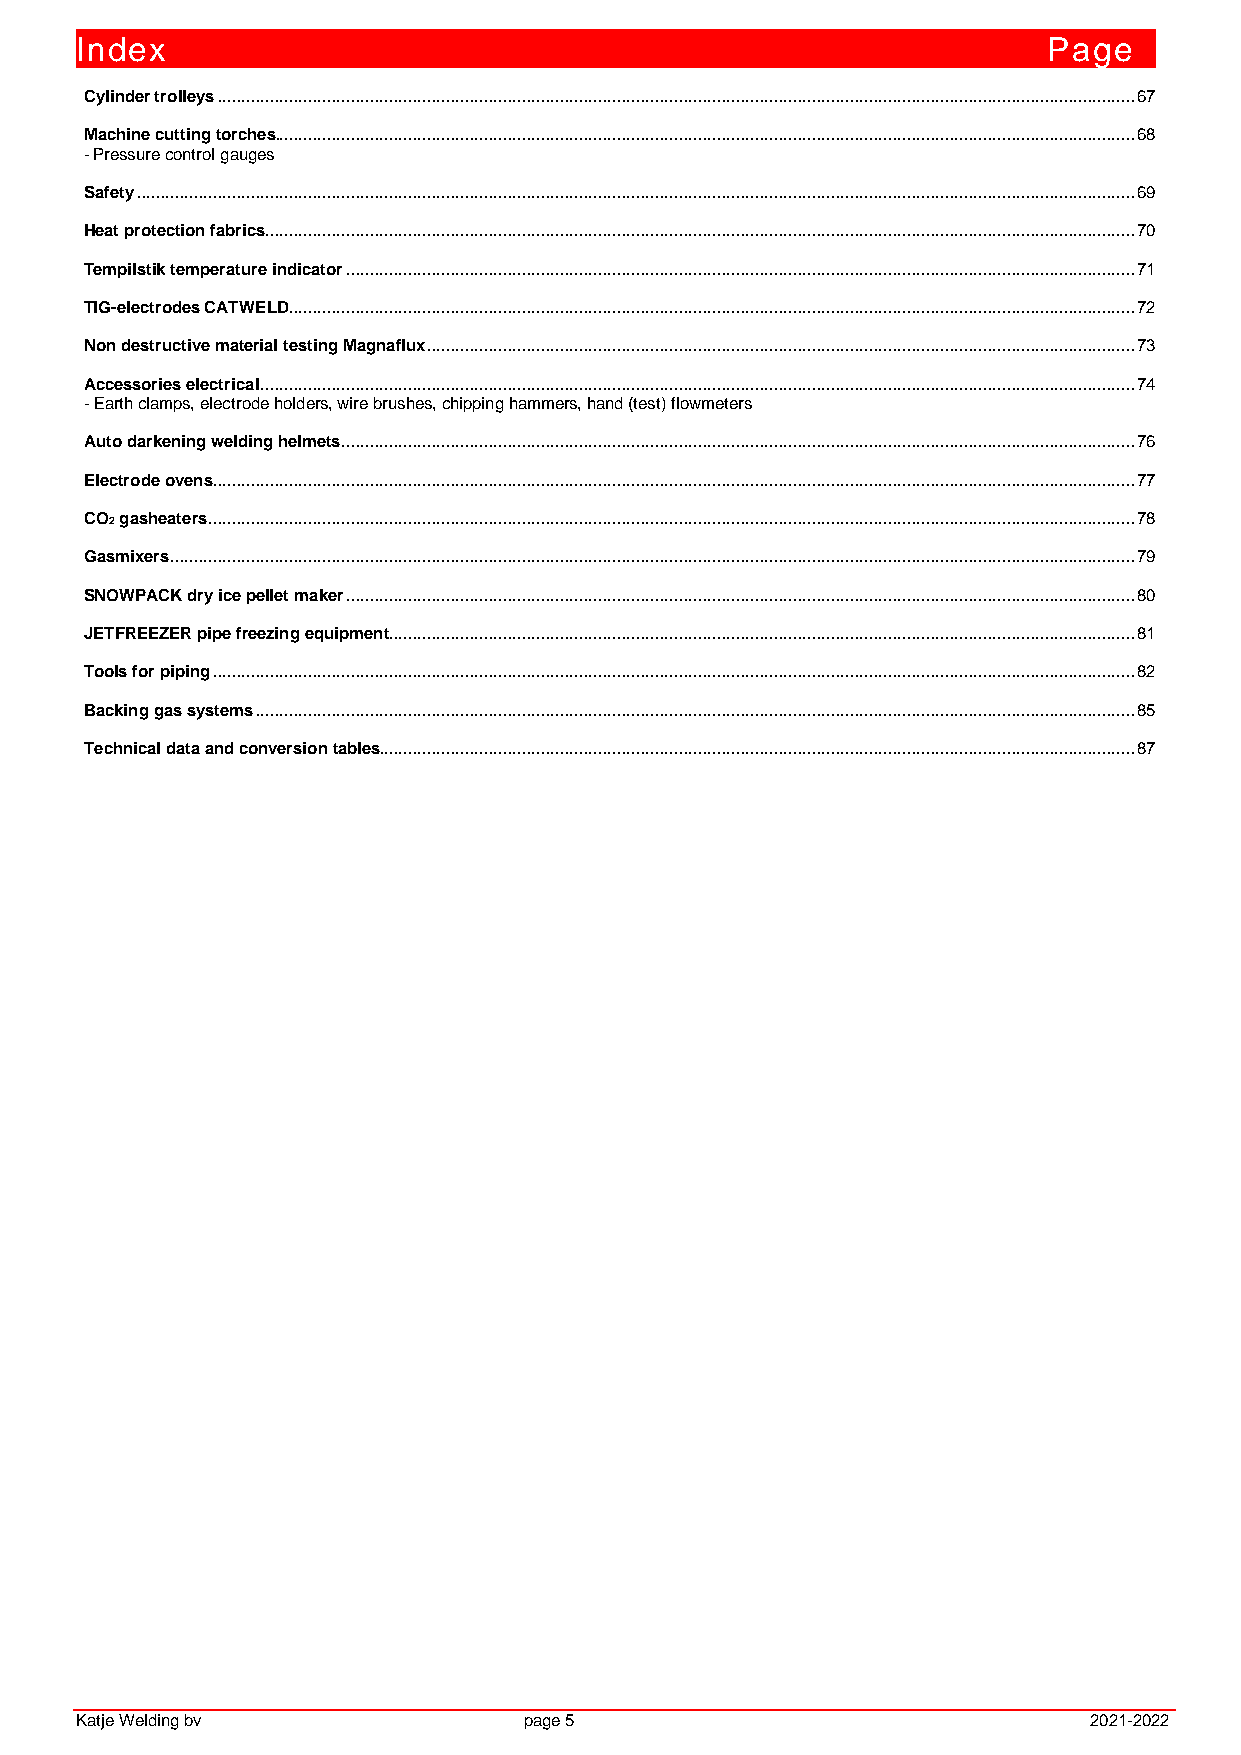
Index                                                           Pagee
 Cylinder trolleys ................................................................................................................................................................................................. 67
 Machine cutting torches..................................................................................................................................................................................... 68
 - Pressure control gauges
 Safety .................................................................................................................................................................................................................. 69
 Heat protection fabrics ....................................................................................................................................................................................... 70
 Tempilstik temperature indicator ...................................................................................................................................................................... 71
 TIG-electrodes CATWELD .................................................................................................................................................................................. 72
 Non destructive material testing Magnaflux ..................................................................................................................................................... 73
 Accessories electrical ........................................................................................................................................................................................ 74
 - Earth clamps, electrode holders, wire brushes, chipping hammers, hand (test) flowmeters
 Auto darkening welding helmets ....................................................................................................................................................................... 76
 Electrode ovens .................................................................................................................................................................................................. 77
 CO2 gasheaters ................................................................................................................................................................................................... 78
 Gasmixers ........................................................................................................................................................................................................... 79
 SNOWPACK dry ice pellet maker ...................................................................................................................................................................... 80
 JETFREEZER pipe freezing equipment ............................................................................................................................................................. 81
 Tools for piping .................................................................................................................................................................................................. 82
 Backing gas systems ......................................................................................................................................................................................... 85
 Technical data and conversion tables............................................................................................................................................................... 87
 Katje Welding bv              page 5                               2021-2022